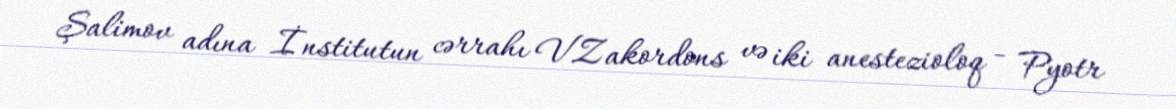
Şalimov adına İnstitutun cərrahı V.Zakordons və iki anestezioloq - Pyotr